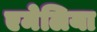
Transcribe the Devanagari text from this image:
एमेलिया